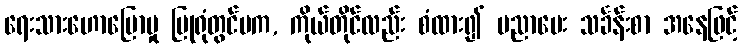
ရေးသားဟောပြောမှု ပြုရုံတွင်မက, ကိုယ်တိုင်လည်း စံထား၍ ပညာပေး သင်္ခန်းစာ အနေဖြင့်